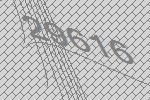
29616